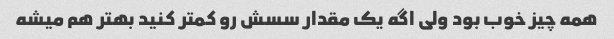
همه چیز خوب بود ولی اگه یک مقدار سسش رو کمتر کنید بهتر هم میشه